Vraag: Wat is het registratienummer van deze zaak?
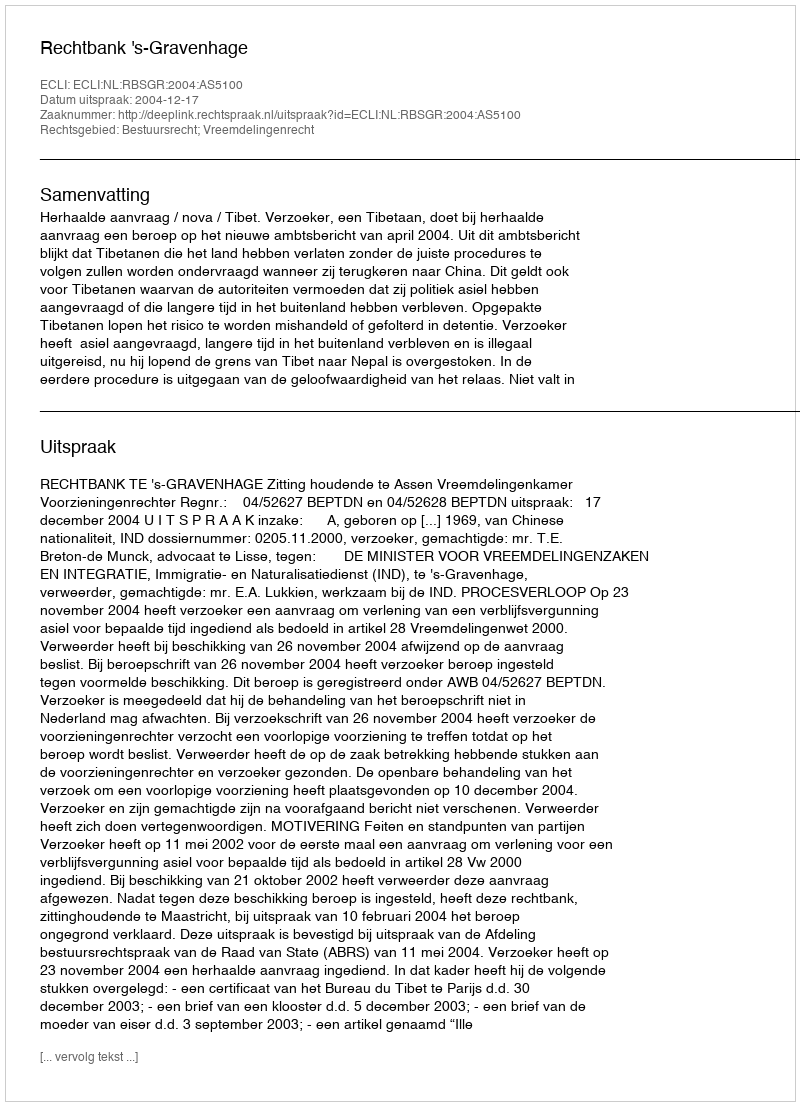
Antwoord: http://deeplink.rechtspraak.nl/uitspraak?id=ECLI:NL:RBSGR:2004:AS5100